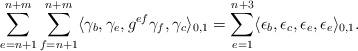
LaTeX: \begin{align*}\sum_{e=n+1}^{n+m}\sum_{f=n+1}^{n+m}\langle \gamma_b, \gamma_e, g^{ef}\gamma_f,\gamma_c\rangle_{0,1}=\sum_{e=1}^{n+3}\langle \epsilon_b, \epsilon_c,\epsilon_e,\epsilon_e\rangle_{0,1}.\end{align*}